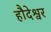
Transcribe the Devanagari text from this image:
हौदेश्वर